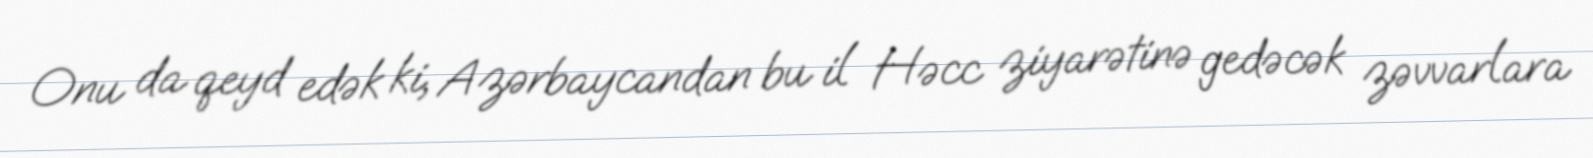
Onu da qeyd edək ki, Azərbaycandan bu il Həcc ziyarətinə gedəcək zəvvarlara